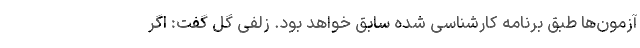
آزمون‌ها طبق برنامه کارشناسی شده سابق خواهد بود. زلفی گل گفت: اگر